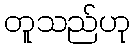
တူသည်ဟု